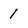
Character: 1